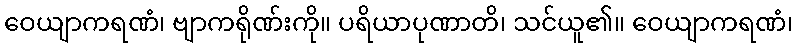
ဝေယျာကရဏံ၊ ဗျာကရိုဏ်းကို။ ပရိယာပုဏာတိ၊ သင်ယူ၏။ ဝေယျာကရဏံ၊